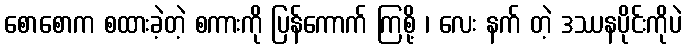
စောစောက စထားခဲ့တဲ့ စကားကို ပြန်ကောက် ကြစို့ ၊ လေး နက် တဲ့ ဒဿနပိုင်းကိုပဲ